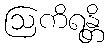
ဩကိရန္တိ